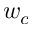
w _ { c }